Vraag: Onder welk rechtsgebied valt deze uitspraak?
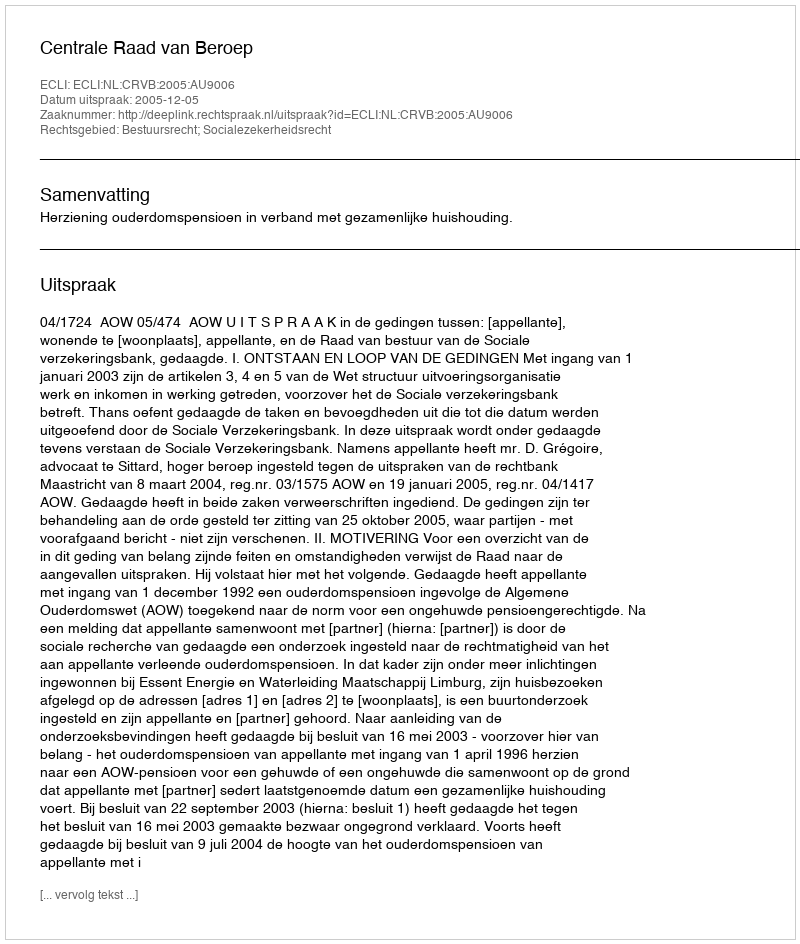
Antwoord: Bestuursrecht; Socialezekerheidsrecht